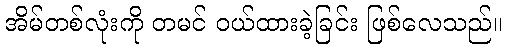
အိမ်တစ်လုံးကို တမင် ဝယ်ထားခဲ့ခြင်း ဖြစ်လေသည်။